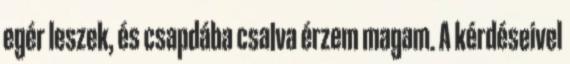
egér leszek, és csapdába csalva érzem magam. A kérdéseivel